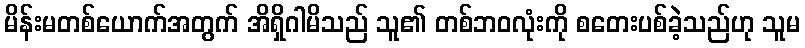
မိန်းမတစ်ယောက်အတွက် အိရှိဂါမိသည် သူ၏ တစ်ဘဝလုံးကို စတေးပစ်ခဲ့သည်ဟု သူမ